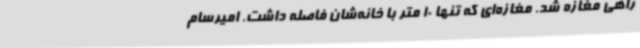
راهی مغازه شد. مغازه‌ای که تنها 10 متر با خانه‌شان فاصله داشت. امیرسام